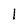
Character: 1